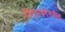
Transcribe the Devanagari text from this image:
पिट्सबर्गमधील